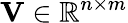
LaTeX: \mathbf{V}\in\mathbb{R}^{n\times m}